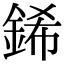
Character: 䤭